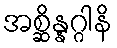
အစ္ဆိန္နဂ္ဂါနိ